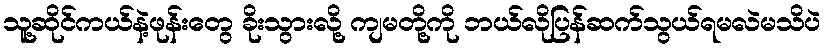
သူ့ဆိုင်ကယ်နဲ့ဖုန်းတွေ ခိုးသွားလို့ ကျမတို့ကို ဘယ်လိုပြန်ဆက်သွယ်ရမလဲမသိပဲ